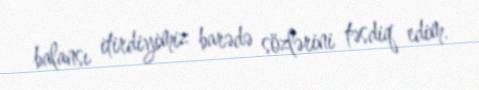
balansı itirdiyimiz barədə sözlərini təsdiq edim.